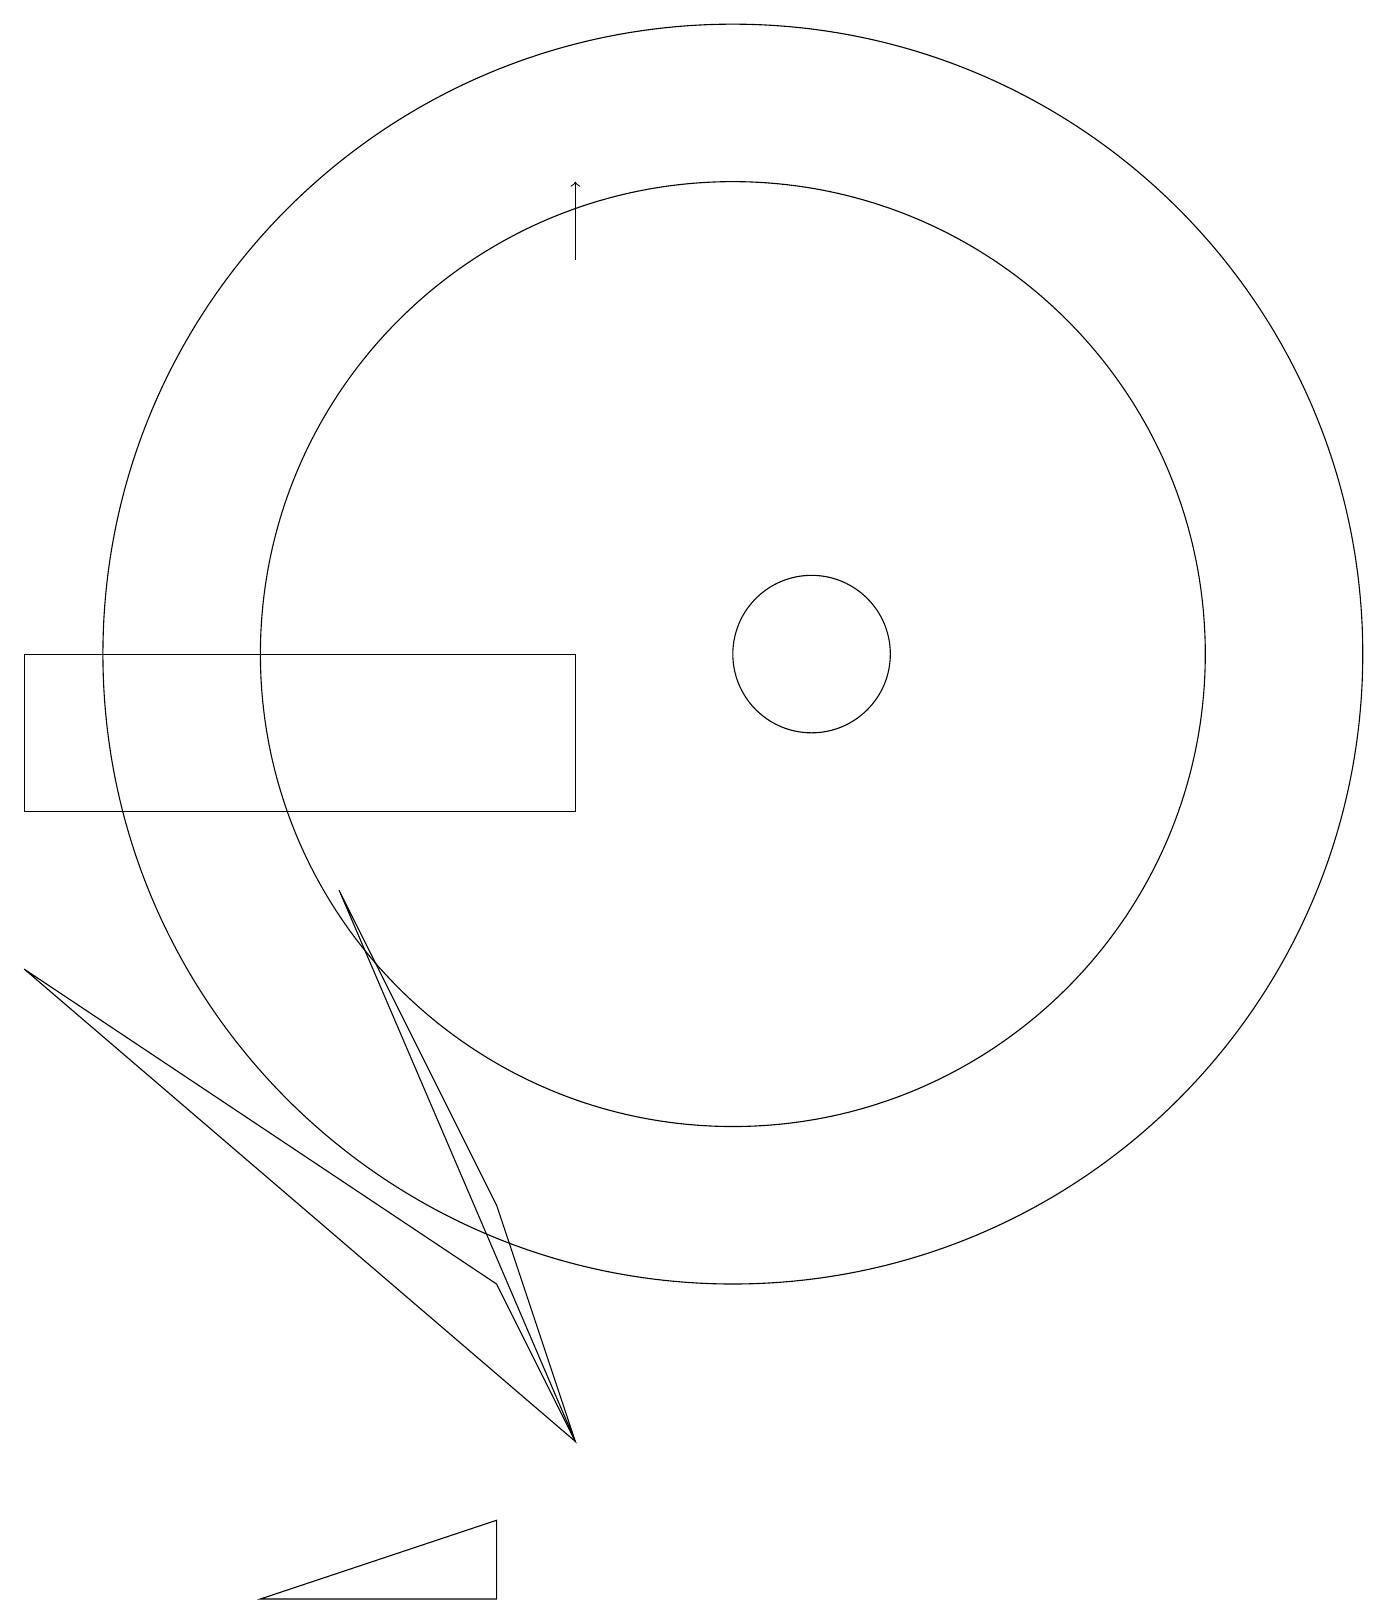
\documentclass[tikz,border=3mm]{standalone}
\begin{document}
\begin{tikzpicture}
\draw[->] (9,17) -- (9,18);
\draw (2,8) -- (9,2) -- (8,4) -- cycle;
\draw (2,12) rectangle (9,10);
\draw (5,0) -- (8,0) -- (8,1) -- cycle;
\draw (12,12) circle (1);
\draw (11,12) circle (8);
\draw (9,2) -- (6,9) -- (8,5) -- cycle;
\draw (11,12) circle (6);
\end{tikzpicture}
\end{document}